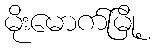
မိုးမောက်မြို့